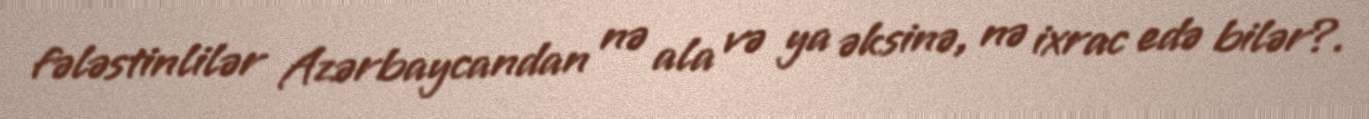
fələstinlilər Azərbaycandan nə ala və ya əksinə, nə ixrac edə bilər?.